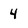
Character: 4